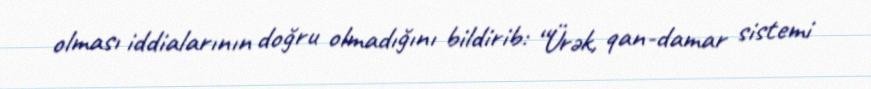
olması iddialarının doğru olmadığını bildirib: “Ürək, qan-damar sistemi